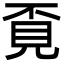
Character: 覔